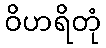
ဝိဟရိတုံ